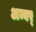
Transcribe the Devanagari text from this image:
अम्बर्